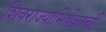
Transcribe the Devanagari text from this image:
शिवराज्याभिषेकाची